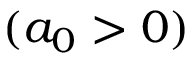
( a _ { 0 } > 0 )